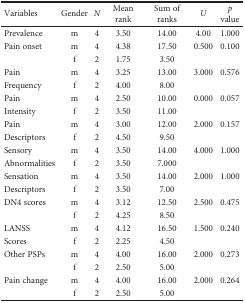
<table><thead><tr><td><b>Variables</b></td><td><b>Gender</b></td><td><b><i>N</i></b></td><td><b>Mean rank</b></td><td><b>Sum of ranks</b></td><td><b><i>U</i></b></td><td><b><i>p</i> value</b></td></tr></thead><tbody><tr><td>Prevalence</td><td>m</td><td>4</td><td>3.50</td><td>14.00</td><td>4.00</td><td>1.000</td></tr><tr><td>Pain onset</td><td>m</td><td>4</td><td>4.38</td><td>17.50</td><td>0.500</td><td>0.100</td></tr><tr><td></td><td>f</td><td>2</td><td>1.75</td><td>3.50</td><td></td><td></td></tr><tr><td>Pain</td><td>m</td><td>4</td><td>3.25</td><td>13.00</td><td>3.000</td><td>0.576</td></tr><tr><td>Frequency</td><td>f</td><td>2</td><td>4.00</td><td>8.00</td><td></td><td></td></tr><tr><td>Pain</td><td>m</td><td>4</td><td>2.50</td><td>10.00</td><td>0.000</td><td>0.057</td></tr><tr><td>Intensity</td><td>f</td><td>2</td><td>3.50</td><td>11.00</td><td></td><td></td></tr><tr><td>Pain</td><td>m</td><td>4</td><td>3.00</td><td>12.00</td><td>2.000</td><td>0.157</td></tr><tr><td>Descriptors</td><td>f</td><td>2</td><td>4.50</td><td>9.50</td><td></td><td></td></tr><tr><td>Sensory</td><td>m</td><td>4</td><td>3.50</td><td>14.00</td><td>4.000</td><td>1.000</td></tr><tr><td>Abnormalities</td><td>f</td><td>2</td><td>3.50</td><td>7.000</td><td></td><td></td></tr><tr><td>Sensation</td><td>m</td><td>4</td><td>3.50</td><td>14.00</td><td>2.000</td><td>1.000</td></tr><tr><td>Descriptors</td><td>f</td><td>2</td><td>3.50</td><td>7.00</td><td></td><td></td></tr><tr><td>DN4 scores</td><td>m</td><td>4</td><td>3.12</td><td>12.50</td><td>2.500</td><td>0.475</td></tr><tr><td></td><td>f</td><td>2</td><td>4.25</td><td>8.50</td><td></td><td></td></tr><tr><td>LANSS</td><td>m</td><td>4</td><td>4.12</td><td>16.50</td><td>1.500</td><td>0.240</td></tr><tr><td>Scores</td><td>f</td><td>2</td><td>2.25</td><td>4.50</td><td></td><td></td></tr><tr><td>Other PSPs</td><td>m</td><td>4</td><td>4.00</td><td>16.00</td><td>2.000</td><td>0.273</td></tr><tr><td></td><td>f</td><td>2</td><td>2.50</td><td>5.00</td><td></td><td></td></tr><tr><td>Pain change</td><td>m</td><td>4</td><td>4.00</td><td>16.00</td><td>2.000</td><td>0.264</td></tr><tr><td></td><td>f</td><td>2</td><td>2.50</td><td>5.00</td><td></td><td></td></tr></tbody></table>